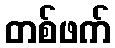
တစ်ဖက်